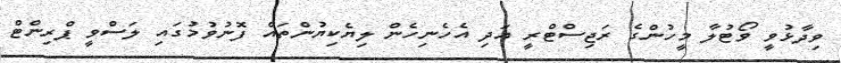
ވިދާޅުވީ ވޯޓުލާ މީހުންގެ ރަޖިސްޓްރީ އަދި އެހެނިހެން ލިޔެކިޔުންތައް ފޮނުވުމުގައި ލަސްވީ ޕްރިންޓް